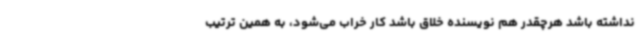
نداشته باشد هرچقدر هم نویسنده خلاق باشد کار خراب می‌شود، به همین ترتیب